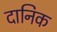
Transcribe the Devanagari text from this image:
दानिक